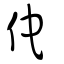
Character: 佗